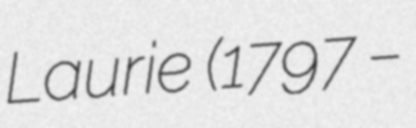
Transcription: Laurie (1797 –